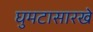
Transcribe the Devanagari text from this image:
घुमटासारखे